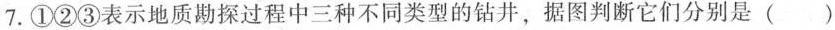
7.①②③表示地质勘探过程中三种不同类型的钻井，据图判断它们分别是 ()